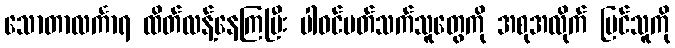
သောတာလင်္ကာရ ထိတ်လန့်နေကြပြီး ပါဝင်ပတ်သက်သူတွေကို အစုအလိုက် မြင်သူကို